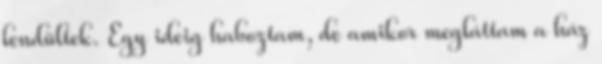
lendültek. Egy ideig haboztam, de amikor megláttam a ház